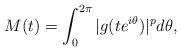
LaTeX: \begin{align*}M(t)=\int^{2\pi}_0|g(te^{i\theta})|^pd\theta,\end{align*}